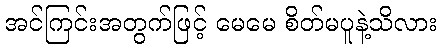
အင်ကြင်းအတွက်ဖြင့် မေမေ စိတ်မပူနဲ့သိလား